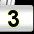
Digit: 3